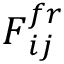
\boldsymbol { F } _ { i j } ^ { f r }